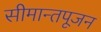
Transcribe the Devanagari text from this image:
सीमान्तपूजन